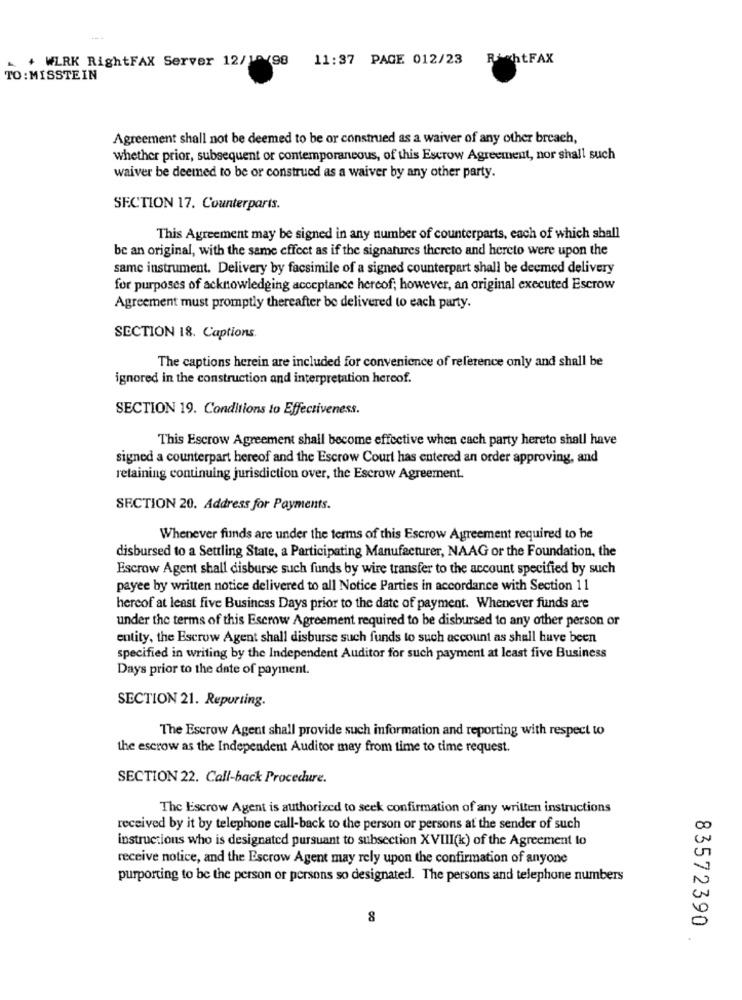
+ WLRK RightFAX Server 12/10/98
11:37 PAGE 012/23
RightFAX
TO :MISSTEIN
Agreement shall not be deemed to be or construed as a waiver of any other breach,
whether prior, subsequent or contemporaneous, of this Escrow Agreement, nor shall such
waiver be deemed to be or construed as a waiver by any other party.
SECTION 17. Counterparts.
This Agreement may be signed in any number of counterparts, each of which shall
be an original, with the same effect as if the signatures thereto and hereto were upon the
same instrument. Delivery by facsimile of a signed counterpart shall be deemed delivery
for purposes of acknowledging acceptance hercof; however, an original executed Escrow
Agreement must promptly thereafter be delivered to each party.
SECTION 18. Captions.
The captions herein are included for convenience of reference only and shall be
ignored in the construction and interpretation hereof.
SECTION 19. Conditions to Effectiveness.
This Escrow Agreement shall become effective when cach party hereto shall have
signed a counterpart hereof and the Escrow Court has entered an order approving, and
retaining continuing jurisdiction over, the Escrow Agreement.
SECTION 20. Address for Payments.
Whenever funds are under the terms of this Escrow Agreement required to be
disbursed to a Settling State, a Participating Manufacturer, NAAG or the Foundation, the
Escrow Agent shall disburse such funds by wire transfer to the account specified by such
payee by written notice delivered to all Notice Parties in accordance with Section 11
hereof at least five Business Days prior to the date of payment. Whenever funds are
under the terms of this Escrow Agreement required to be disbursed to any other person or
entity, the Escrow Agent shall disburse such funds to such account as shall have been
specified in writing by the Independent Auditor for such payment at least five Business
Days prior to the date of payment.
SECTION 21. Reporting.
The Escrow Agent shall provide such information and reporting with respect to
the escrow as the Independent Auditor may from time to time request.
SECTION 22. Call-back Procedure.
The Escrow Agent is authorized to seek confirmation of any written instructions
received by it by telephone call-back to the person or persons at the sender of such
00
instructions who is designated pursuant to subsection XVIII(k) of the Agreement to
receive notice, and the Escrow Agent may rely upon the confirmation of anyone
purporting to be the person or persons so designated. The persons and telephone numbers
8
0
83572390